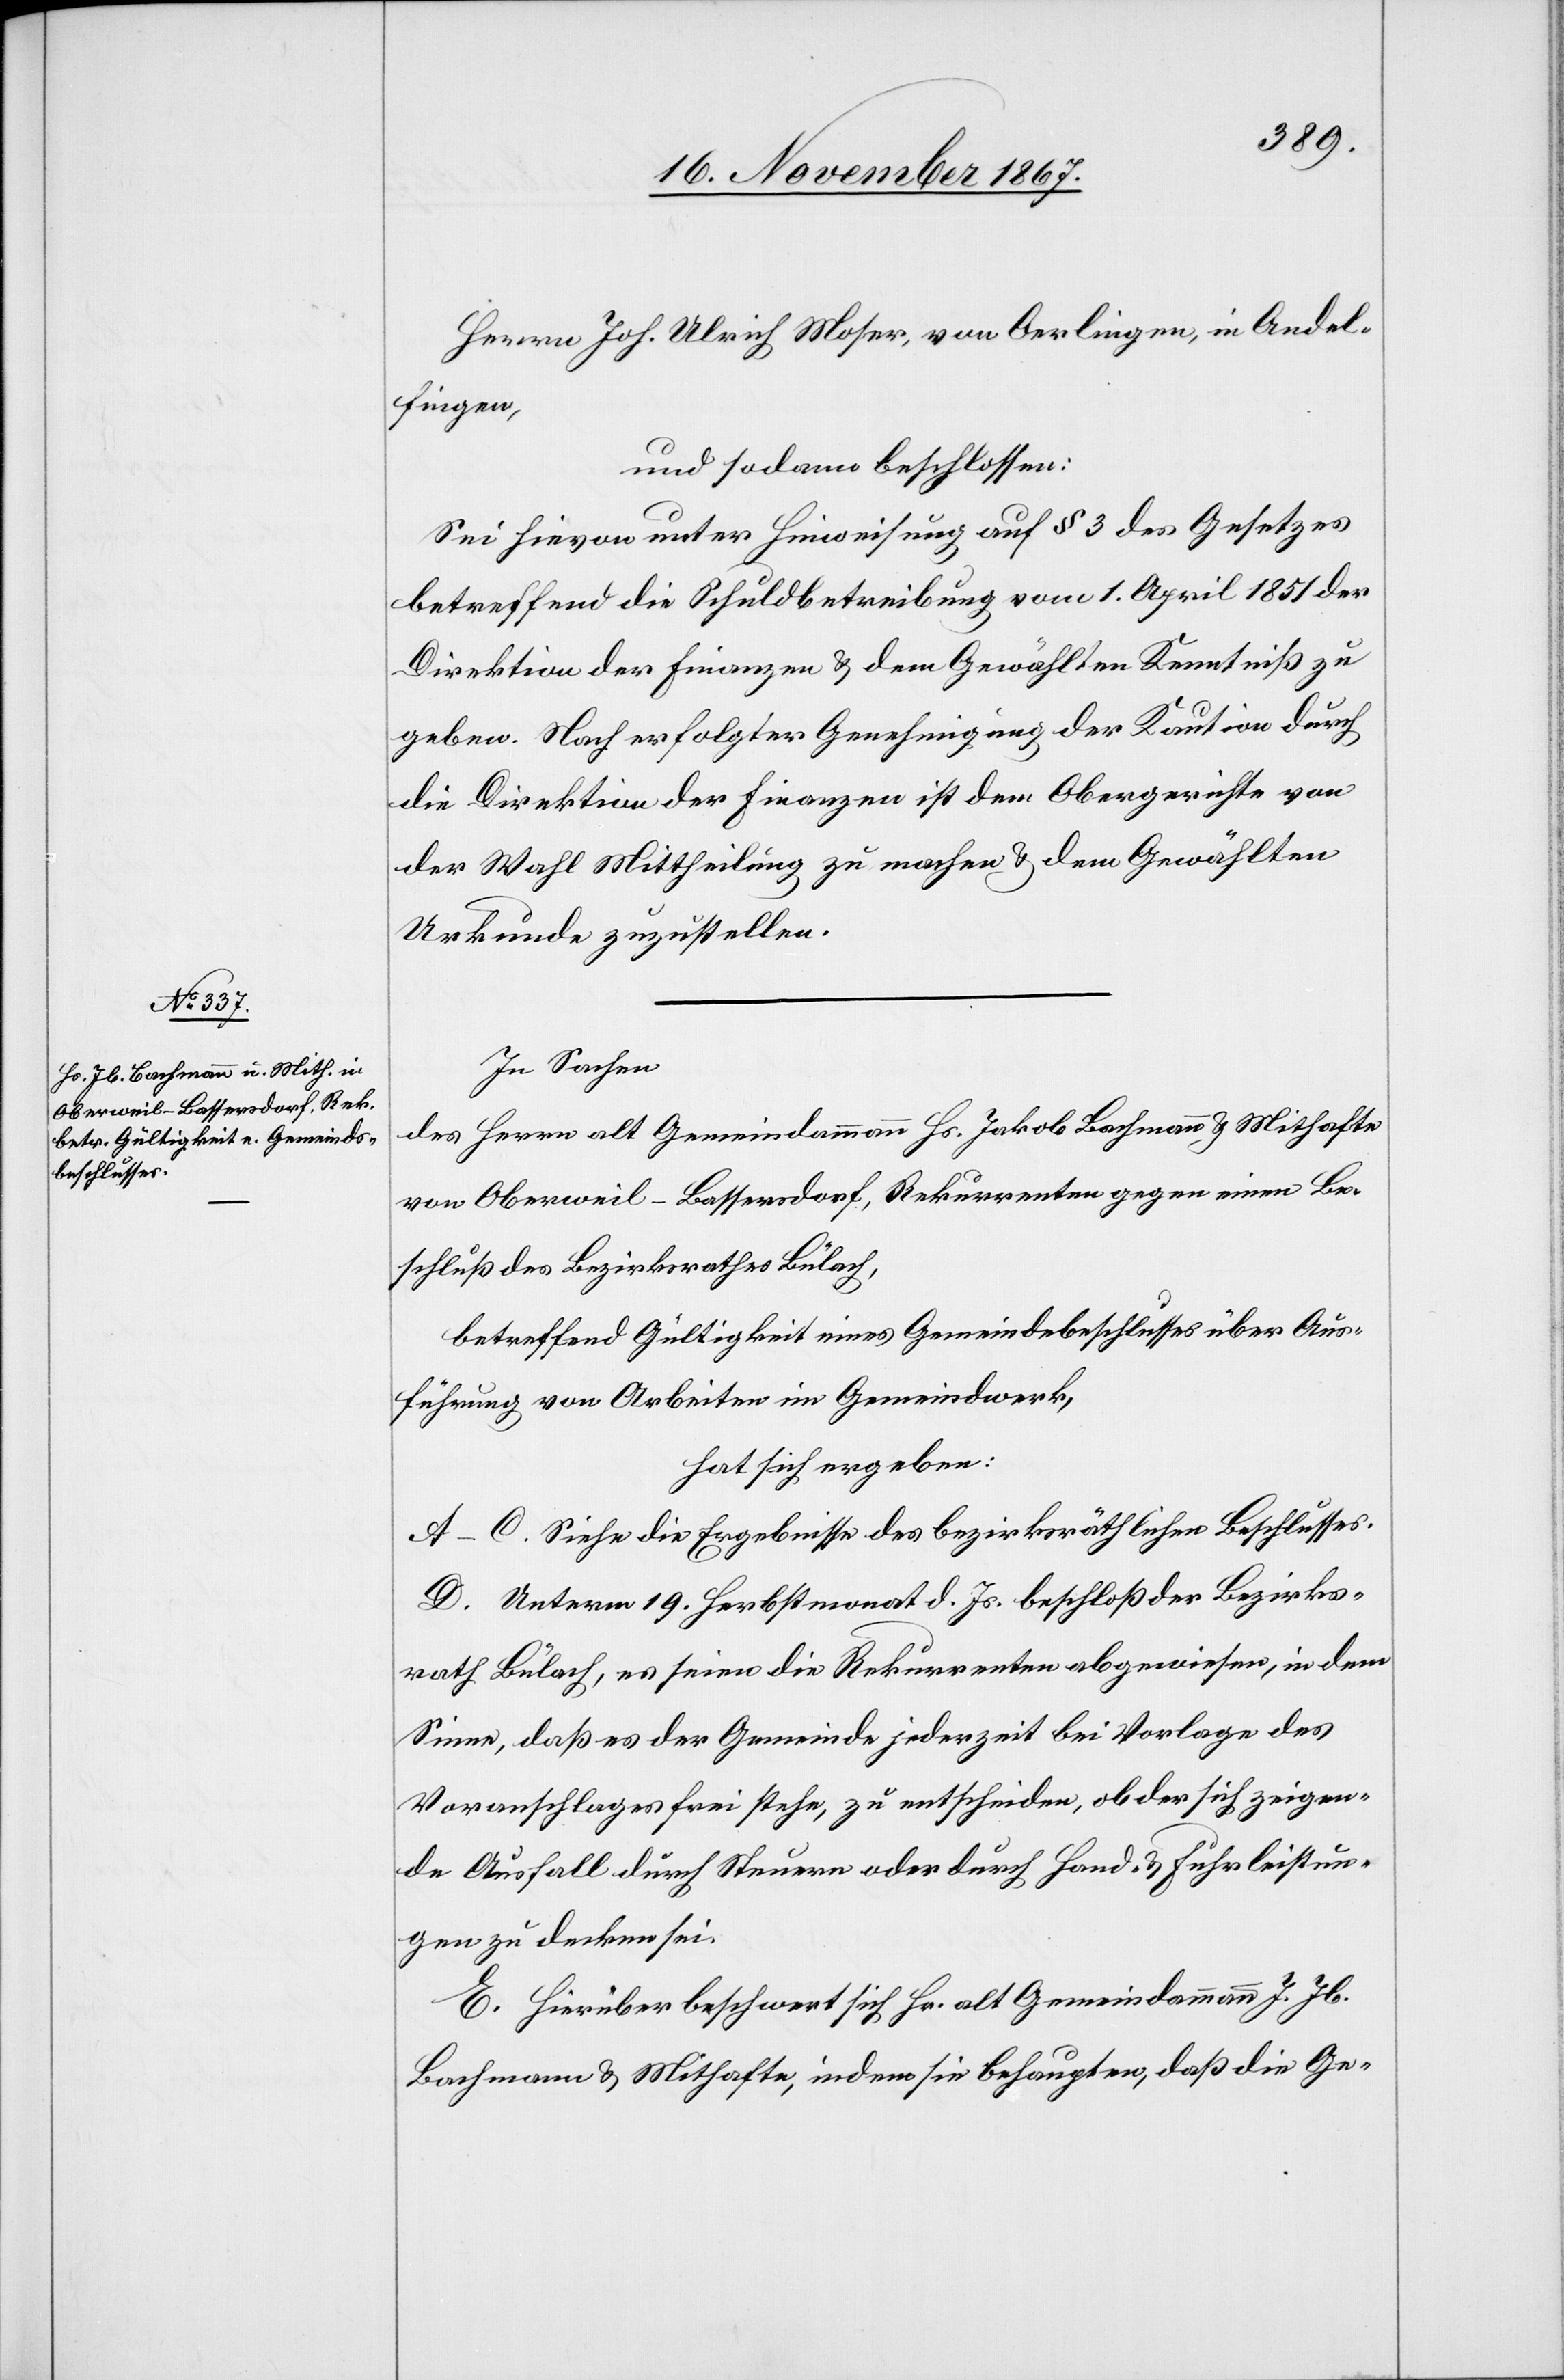
Herrn Joh. Ulrich Moser, von Oerlingen, in Andel¬
fingen,
und sodann beschlossen:
Sei hievon unter Hinweisung auf § 3 des Gesetzes
betreffend die Schuldbetreibung vom 1. April 1851 der
Direktion der Finanzen u. dem Gewählten Kenntniß zu
geben. Nach erfolgter Genehmigung der Kaution durch
die Direktion der Finanzen ist dem Obergerichte von
der Wahl Mittheilung zu machen u. dem Gewählten
Urkunde zuzustellen.
In Sachen
des Herrn alt Gemeindammann Hs. Jakob Bachmann u. Mithafte
von Oberweil-Bassersdorf, Rekurrenten gegen einen Be¬
schluß des Bezirksrathes Bülach,
betreffend Gültigkeit eines Gemeindebeschlusses über Aus¬
führung von Arbeiten im Gemeindwerk,
hat sich ergeben:
A–C. Siehe die Ergebnisse des bezirksräthlichen Beschlusses.
D. Unterm 19. Herbstmonat d. Js. beschloß der Bezirks¬
rath Bülach, es seien die Rekurrenten abgewiesen, in dem
Sinne, daß es der Gemeinde jederzeit bei Vorlage des
Voranschlages frei stehe, zu entscheiden, ob der sich zeigen¬
de Ausfall durch Steuern oder durch Hand- u. Fuhrleistun¬
gen zu decken sei.
E. Hierüber beschwert sich Hr. alt Gemeindammann J. Jb.
Bachmann u. Mithafte, indem sie behaupten, daß die Ge-